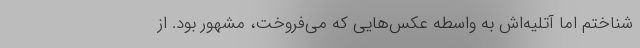
‌شناختم اما آتلیه‌اش به واسطه عکس‌هایی که می‌فروخت، مشهور بود. از